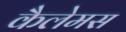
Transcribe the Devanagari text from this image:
कैलेमस